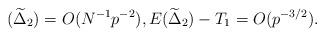
LaTeX: \begin{align*}(\widetilde{\Delta}_{2})=O(N^{-1}p^{-2}),E(\widetilde{\Delta}_{2})-T_{1}=O(p^{-3/2}).\end{align*}